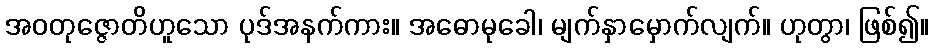
အဝတုဇ္ဇောတိဟူသော ပုဒ်အနက်ကား။ အဓောမုခေါ၊ မျက်နှာမှောက်လျက်။ ဟုတွာ၊ ဖြစ်၍။